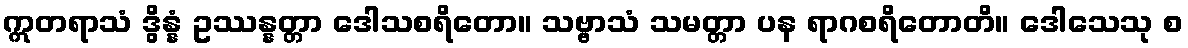
ဣတရာသံ ဒွိန္နံ ဥဿန္နတ္တာ ဒေါသစရိတော။ သဗ္ဗာသံ သမတ္တာ ပန ရာဂစရိတောတိ။ ဒေါသေသု စ